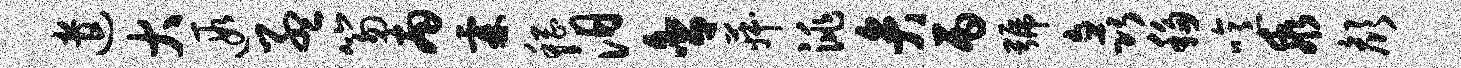
遣大遐孟笏南霖稽汨舍菽洮弁丙号矗移噫乖颜